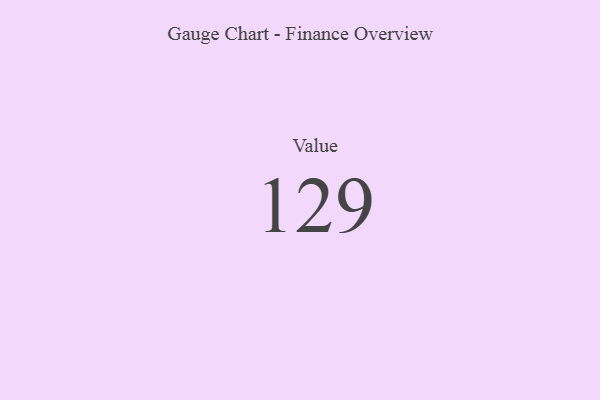
{"axis": {"x": "Metric", "y": "Value"}, "legend": [""], "data": [{"x": "Value", "y": 129, "type": ""}]}